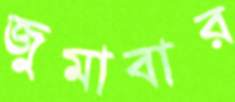
জুমাবার